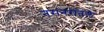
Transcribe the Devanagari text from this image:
नरांनरांतले